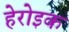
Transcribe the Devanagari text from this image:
हेरोइक